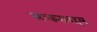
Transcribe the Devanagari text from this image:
लष्कराबद्दल